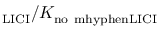
_ \mathrm { L I C I } / K _ { \mathrm { n o \ m h y p h e n L I C I } }